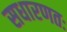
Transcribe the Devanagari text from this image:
सधारणतः